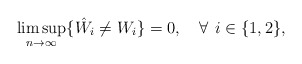
\begin{align*} & \limsup_{n \rightarrow \infty} \{\hat{W}_{i} \neq W_{i}\}=0,\quad\forall \:\: i \in \{1,2\}, \end{align*}